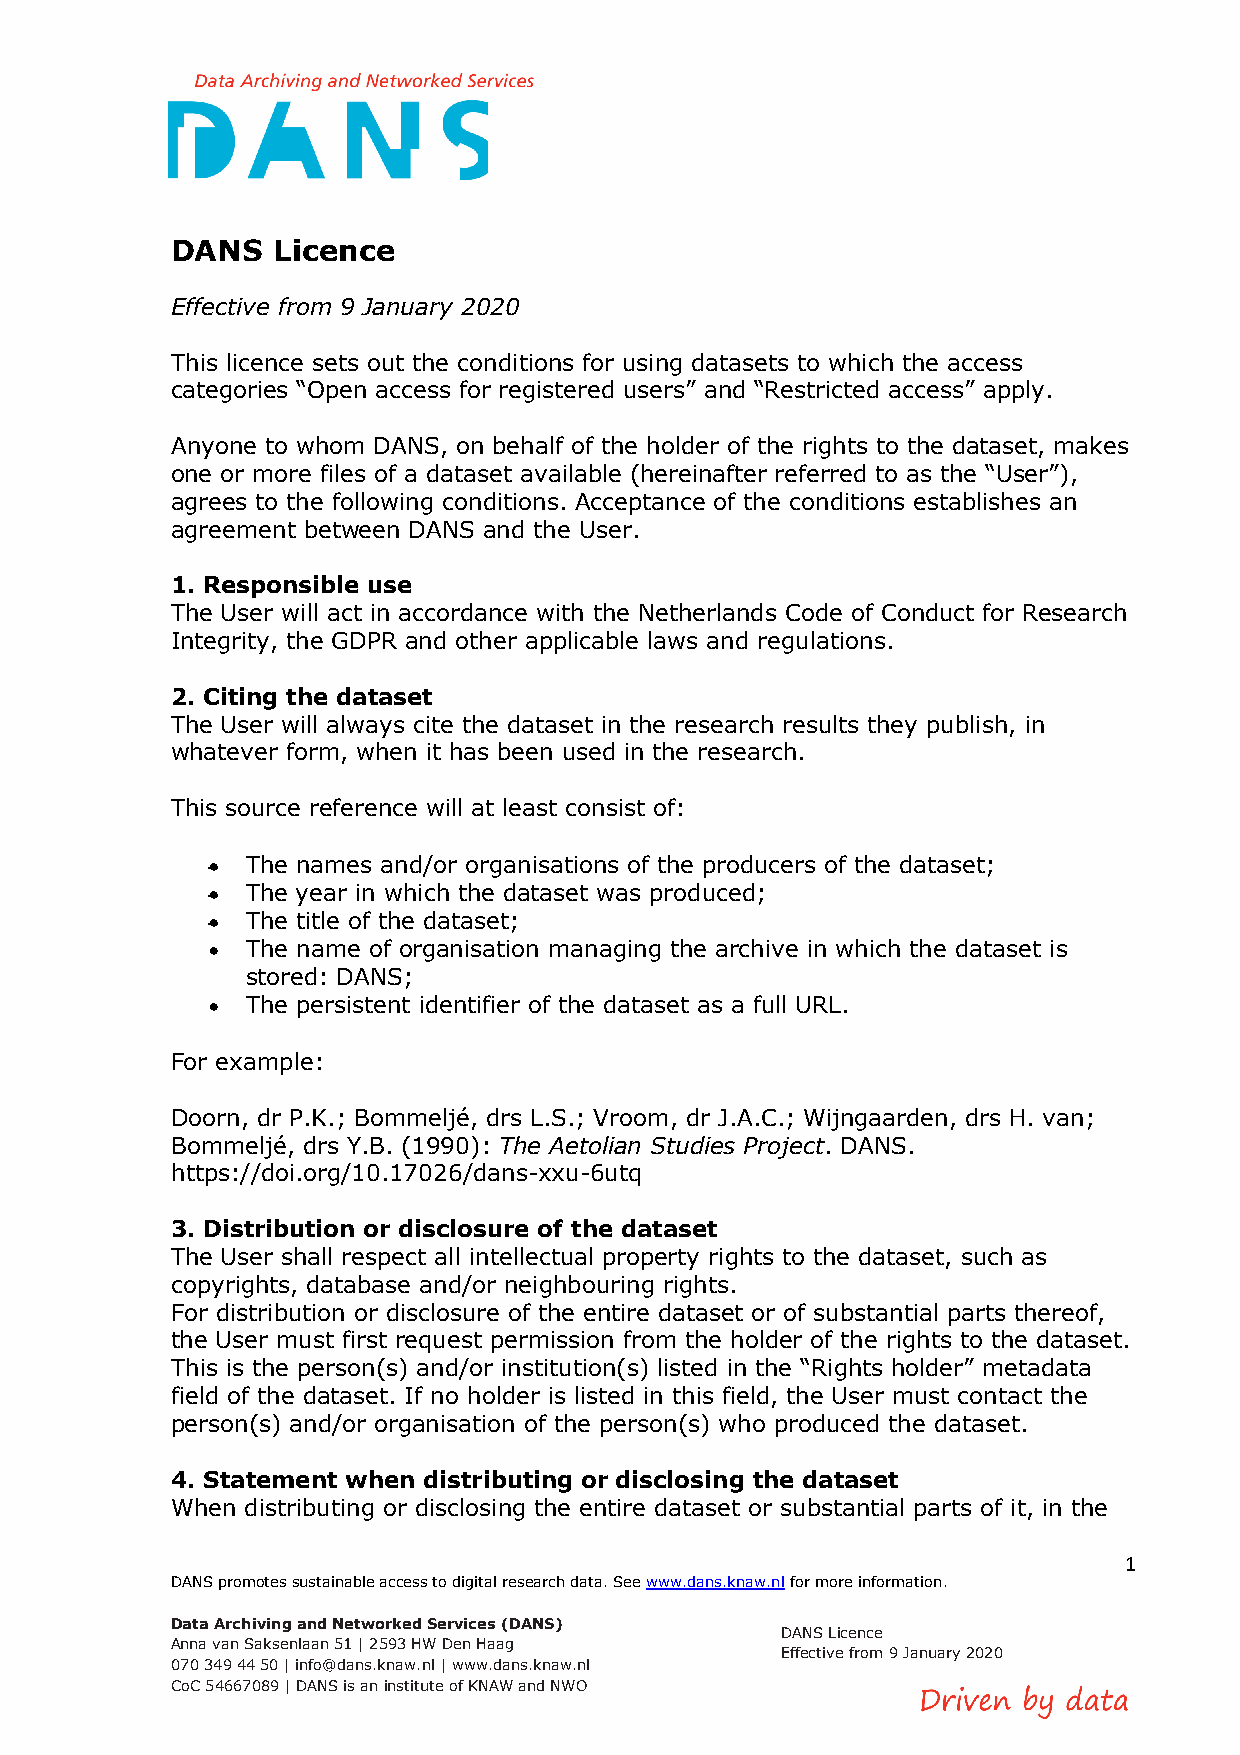
DANS   Licence
 Effective from 9 January 2020
 This licence sets out the conditions for using datasets to which the access
 categories “Open access for registered users” and “Restricted access” apply.
 Anyone to whom DANS, on behalf of the holder of the rights to the dataset, makes
 one or more files of a dataset available (hereinafter referred to as the “User”),
 agrees to the following conditions. Acceptance of the conditions establishes an
 agreement between DANS and the User.
 1. Responsible use
 The User will act in accordance with the Netherlands Code of Conduct for Research
 Integrity, the GDPR and other applicable laws and regulations.
 2. Citing the dataset
 The User will always cite the dataset in the research results they publish, in
 whatever form, when it has been used in the research.
 This source reference will at least consist of:
 • The names and/or organisations of the producers of the dataset;
 • The year in which the dataset was produced;
 • The title of the dataset;
 • The name of organisation managing the archive in which the dataset is
 stored: DANS;
 • The persistent identifier of the dataset as a full URL.
 For example:
 Doorn, dr P.K.; Bommeljé, drs L.S.; Vroom, dr J.A.C.; Wijngaarden, drs H. van;
 Bommeljé, drs Y.B. (1990): The Aetolian Studies Project. DANS.
 https://doi.org/10.17026/dans-xxu-6utq
 3. Distribution or disclosure of the dataset
 The User shall respect all intellectual property rights to the dataset, such as
 copyrights, database and/or neighbouring rights.
 For distribution or disclosure of the entire dataset or of substantial parts thereof,
 the User must first request permission from the holder of the rights to the dataset.
 This is the person(s) and/or institution(s) listed in the “Rights holder” metadata
 field of the dataset. If no holder is listed in this field, the User must contact the
 person(s) and/or organisation of the person(s) who produced the dataset.
 4. Statement when distributing or disclosing the dataset
 When distributing or disclosing the entire dataset or substantial parts of it, in the
 1
 DANS promotes sustainable access to digital research data. See www.dans.knaw.nl for more information.
 Data Archiving and Networked Services (DANS)
 DANS Licence
 Anna van Saksenlaan 51 | 2593 HW Den Haag
 Effective from 9 January 2020
 070 349 44 50 | info@dans.knaw.nl | www.dans.knaw.nl
 CoC 54667089 | DANS is an institute of KNAW and NWO